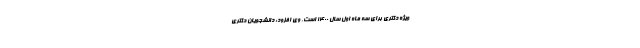
ویژه دکتری برای سه ماه اول سال ۱۴۰۰ است. وی افزود: دانشجویان دکتری